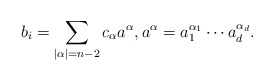
\begin{align*}b_i=\sum_{|\alpha|=n-2} c_\alpha a^\alpha, a^\alpha=a_1^{\alpha_1}\cdots a_d^{\alpha_d}.\end{align*}